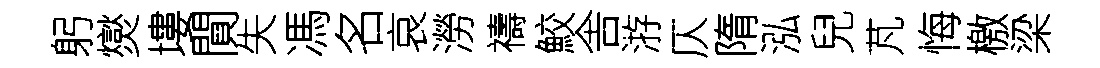
躬爕塿閴失馮名哀澇禱鮫舎㳺仄隋泓兒芃悔檄梁